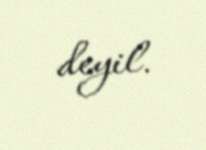
deyil.